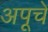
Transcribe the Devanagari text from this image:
अपूचे